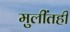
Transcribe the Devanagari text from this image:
मुलींतही